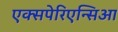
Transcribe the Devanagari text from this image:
एक्सपेरिएन्सिआ